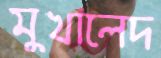
মুখালেদ